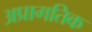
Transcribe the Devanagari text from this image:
अप्रागतिक